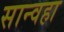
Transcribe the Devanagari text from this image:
सान्वहा